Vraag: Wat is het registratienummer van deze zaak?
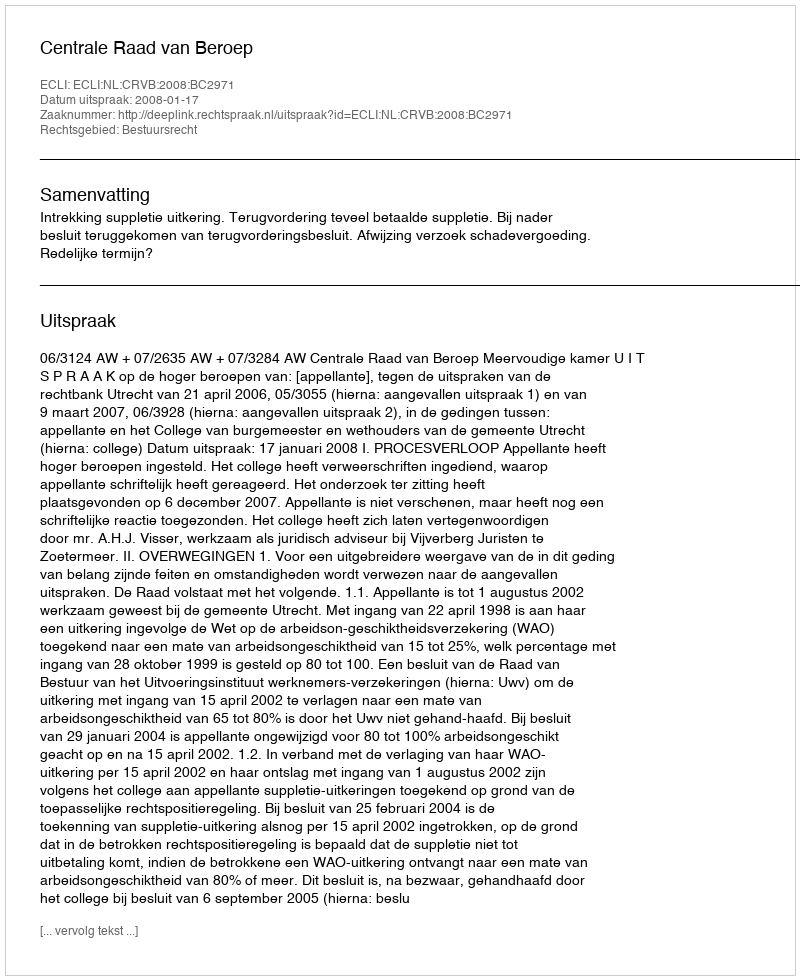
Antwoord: http://deeplink.rechtspraak.nl/uitspraak?id=ECLI:NL:CRVB:2008:BC2971